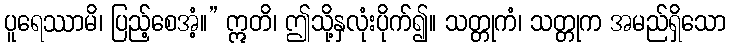
ပူရေဿာမိ၊ ပြည့်စေအံ့။” ဣတိ၊ ဤသို့နှလုံးပိုက်၍။ သတ္တုကံ၊ သတ္တုက အမည်ရှိသော